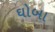
ઘોબા